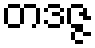
တဒဇ္ဇ